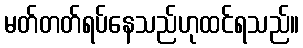
မတ်တတ်ရပ်နေသည်ဟုထင်ရသည်။